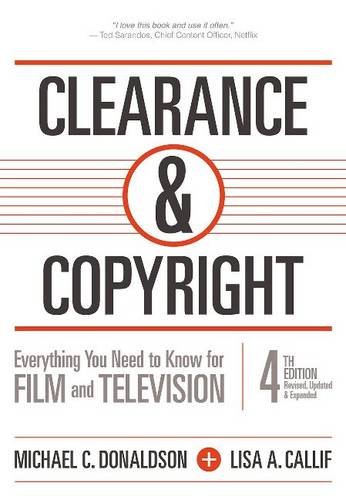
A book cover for Clearance & Copyright, 4th Edition: Everything You Need to Know for Film and Television; Michael C. Donaldson; Law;